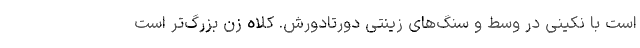
است با نکینی در وسط و سنگ‌های زینتی دورتادورش. کلاه زن بزرگ‌تر است